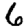
Digit: 6